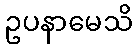
ဥပနာမေသိ